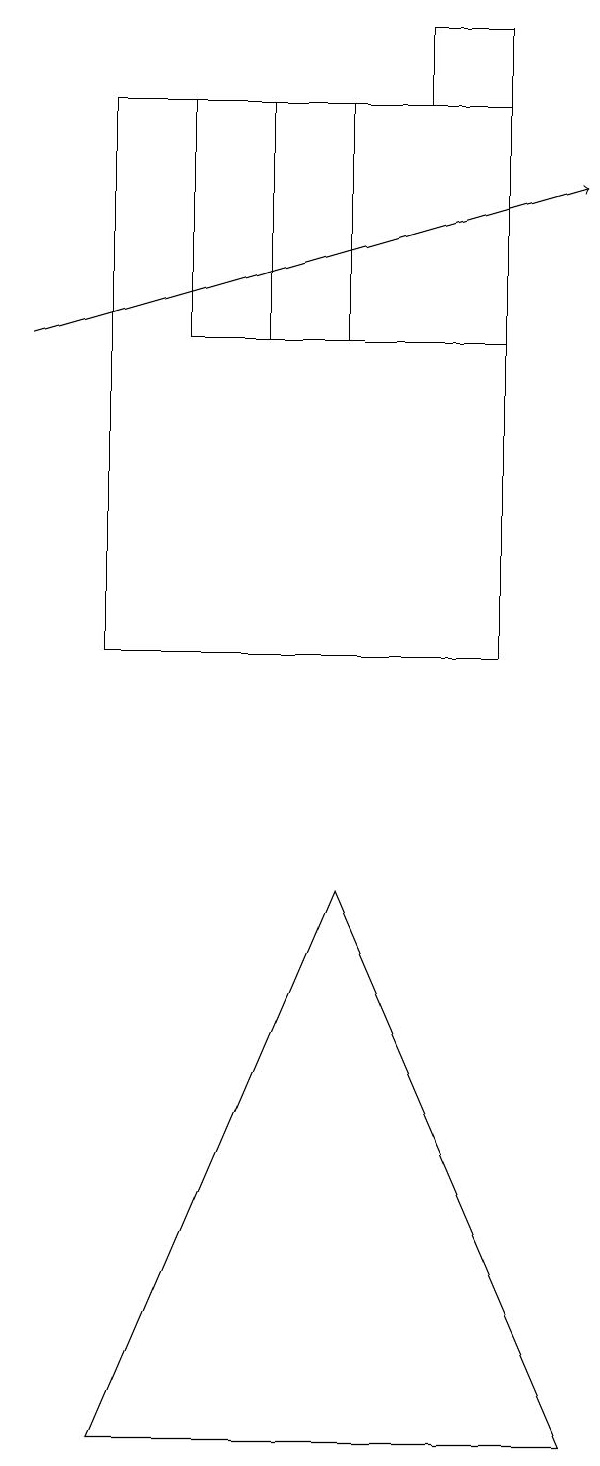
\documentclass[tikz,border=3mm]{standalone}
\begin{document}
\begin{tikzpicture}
\draw[->] (2,14) -- (9,16);
\draw (8,17) rectangle (7,18);
\draw (9,0) -- (6,7) -- (3,0) -- cycle;
\draw (8,17) rectangle (3,10);
\draw (4,14) rectangle (8,17);
\draw (5,14) rectangle (6,17);
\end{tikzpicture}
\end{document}